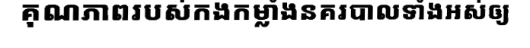
គុណភាពរបស់កងកម្លាំងនគរបាលទាំងអស់ឲ្យ